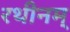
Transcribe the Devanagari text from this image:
रथीनम्